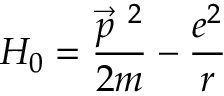
H _ { 0 } = \frac { \vec { p } ^ { ~ 2 } } { 2 m } - \frac { e ^ { 2 } } { r }